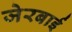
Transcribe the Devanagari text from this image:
जेरबाई